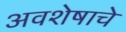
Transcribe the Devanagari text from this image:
अवशेषाचे